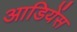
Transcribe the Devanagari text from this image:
आडियेंस